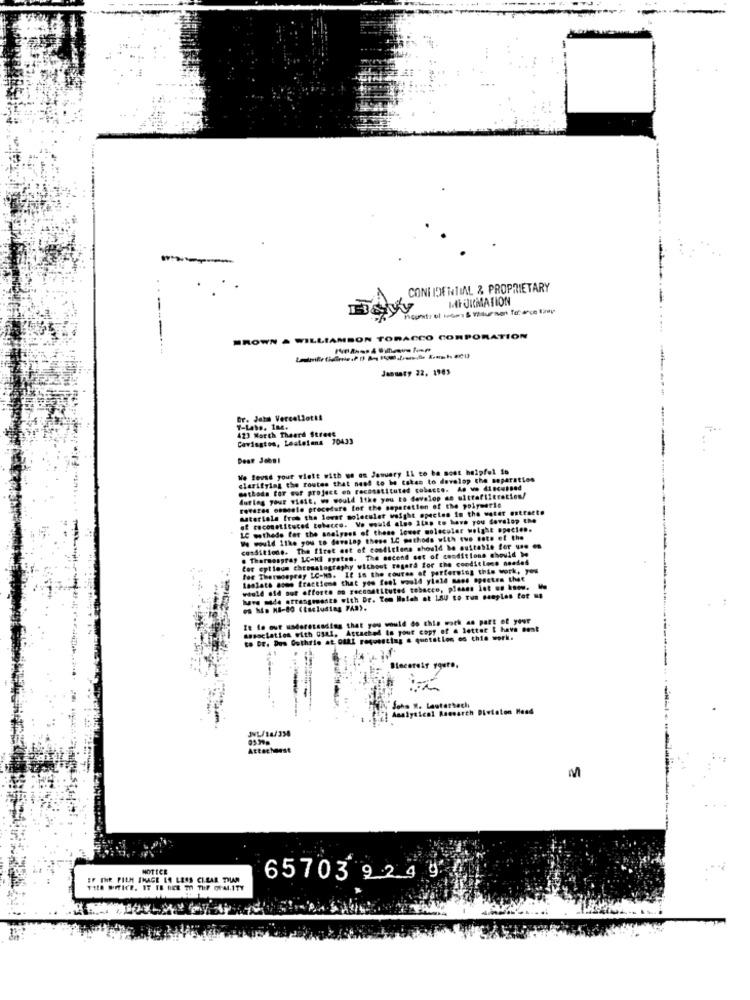
-
CONI IDENTIAL & PROPRIETARY
MFORMATION
BROWN .
WILLIAMSON TOBACCO CORPORATION
January 22. 1965
Dr. Jeta Vercellotti
423 Worth Thaard Street
Covington, Lestelans 10433
We Sevad your visit with us on January 11 to be most helpful is
clarifying the routes that need to be taken to develop the separation
methods for our project on reconstituted cobacce. As we discussed
during your visit, we would Itke you to develop an ultrafiltration/
rovaren osmanle procedure for the separation of the polymeric
satortola from the lower molecular wofght opecten in the water entracte
of reconstituted tobacco. We would also 2Las to have you develop the
LC wothede for the analyses of these lower molecular weight opecien.
We would 11ke you to develop these LC methods with two note of the
consitiode. The firet ent of conditions should be suitable for von en
. Thormaspray LC-Ki syaten. The ascend ent of conditions should be
for eptloum chromatography without regard for the coodit lene needed
for Thermospray LC-MS. If in the coures of performing this work, you
laslata aseo fractions that you feel would yield mees spectre thet
would ofd out offorte oo reconstituted tobacco, please let us know.
have made errangresto with Dr. Tom Hatch at 15U to run samples for ,
os hin NS-80 (tscluding FAR).
It fo out understanding that you would do this work as part of your
association with ogal, Astacked to your copy of a letter I have Bent
to Dr. Dos Guthrie at otal requesting & quotation os this work.
Ilsestely your ..
John W. Lauterbachi
Analytical Research Divialon Head
JHL/16/358
Attachgast
M
NOTICE
EF THE FILM IMAGE LA LESS CLEAR TILAN
65703 224 9.
TELO WITICE, IT IB BCE 7 THF OFALITY